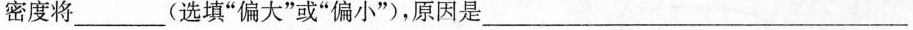
密度将___(选填”偏大”或”偏小”，原因是___